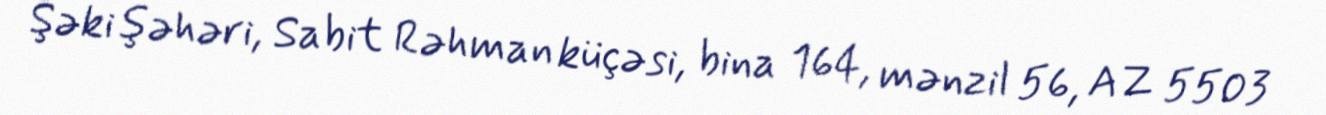
Şəki şəhəri, Sabit Rəhman küçəsi, bina 164, mənzil 56, AZ 5503